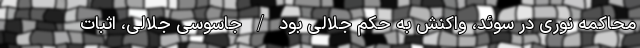
محاکمه نوری در سوئد، واکنش به حکم جلالی بود / جاسوسی جلالی، اثبات